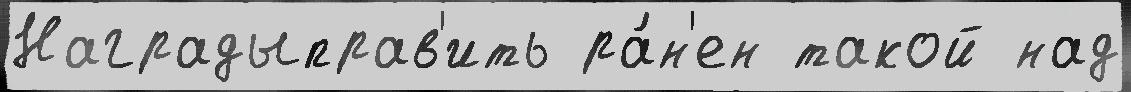
Наградыправ'ить ра́н'ен такой над